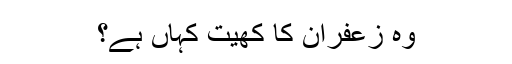
وہ زعفران کا کھیت کہاں ہے؟